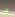
لك